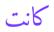
كانت